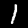
Digit: 1